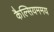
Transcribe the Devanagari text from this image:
कैल्सियममय